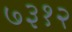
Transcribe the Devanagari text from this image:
७३१२